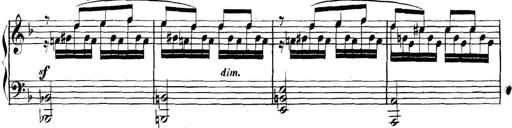
Title: Collected Piano Sonatas
Composer: Muzio Clementi